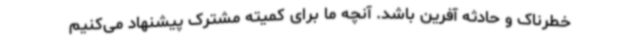
خطرناک و حادثه آفرین باشد. آنچه ما برای کمیته مشترک پیشنهاد می‌کنیم